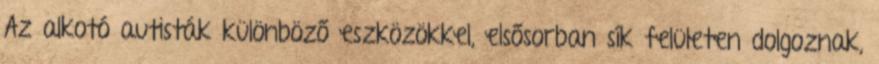
Az alkotó autisták különböző eszközökkel, elsősorban sík felületen dolgoznak,